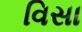
વિસા